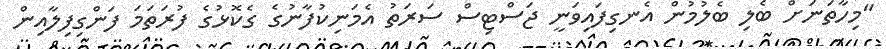
"މިހާތަނަށް ބެލި ބެލުމުން އެނގިފައިވަނީ ޖަސްޓިސް ސަރަތު އެމަނިކުފާނުގެ ގެކޮޅުގެ ފުރަތަމަ ފަންގިފިލާއިން